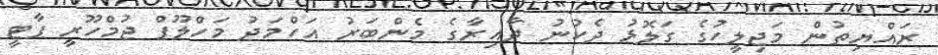
ރައްޔިތުން މަޖިލީހުގެ ގަލޮޅު ދެކުނު ދާއިރާގެ މެންބަރު އަހްމަދު މަހްލޫފް ޖުމްހޫރީ ޕާޓީ